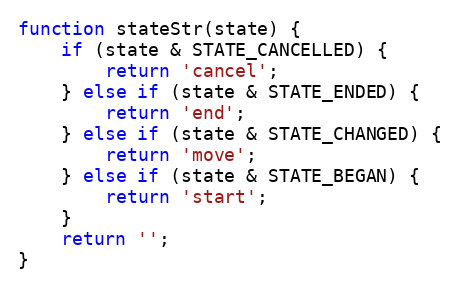
Language: JavaScript
function stateStr(state) {
    if (state & STATE_CANCELLED) {
        return 'cancel';
    } else if (state & STATE_ENDED) {
        return 'end';
    } else if (state & STATE_CHANGED) {
        return 'move';
    } else if (state & STATE_BEGAN) {
        return 'start';
    }
    return '';
}